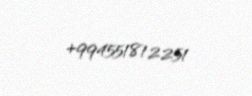
+994551812251